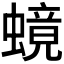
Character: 𬠧